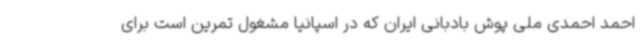
احمد احمدی ملی پوش بادبانی ایران که در اسپانیا مشغول تمرین است برای